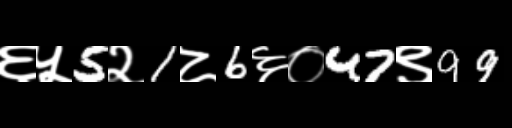
Text: ६५5२1८6६०47९99